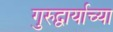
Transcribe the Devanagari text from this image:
गुरुद्वार्याच्या